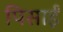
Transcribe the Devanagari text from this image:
पिसाईं